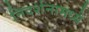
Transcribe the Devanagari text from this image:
निदर्शनामध्ये